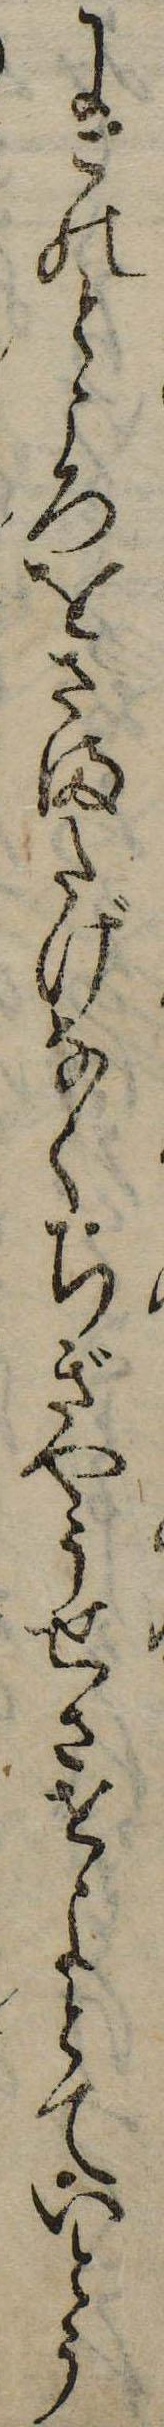
にこのところをさまたげなくちぎやうせさせよとていとう